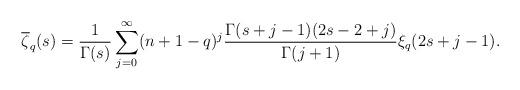
LaTeX: \begin{align*}\overline{\zeta}_q(s)=\frac{1}{\Gamma(s)}\sum_{j=0}^\infty (n+1-q)^j \frac{\Gamma(s+j-1)(2s-2+j)}{\Gamma(j+1)} \xi_q(2s+j-1).\end{align*}